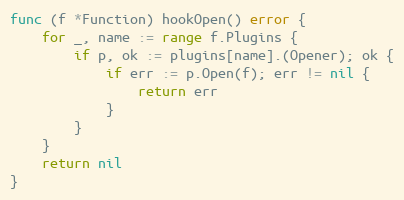
Language: Go
func (f *Function) hookOpen() error {
	for _, name := range f.Plugins {
		if p, ok := plugins[name].(Opener); ok {
			if err := p.Open(f); err != nil {
				return err
			}
		}
	}
	return nil
}